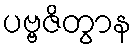
ပဗ္ဗဇိတွာန